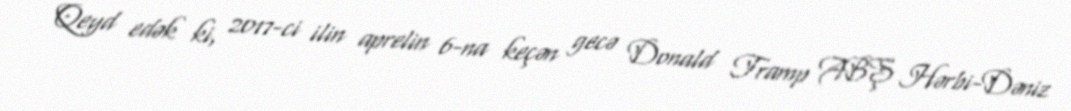
Qeyd edək ki, 2017-ci ilin aprelin 6-na keçən gecə Donald Tramp ABŞ Hərbi-Dəniz